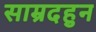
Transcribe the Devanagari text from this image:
साम्रदहुन